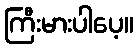
ကြီးမားပါပေ့။